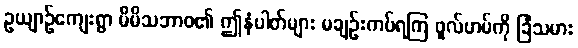
ဥယျာဉ်ကျေးရွာ မိမိသဘာဝ၏ ဤနံပါတ်များ မချဉ်းကပ်ရကြ ဖူလ်ဟမ်ကို ခြံသမား